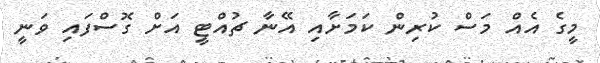
މީގެ އެއް މަސް ކުރިން ކަމަށާއި އޭނާ ޗުއްޓީ އަށް ގޮސްފައި ވަނީ